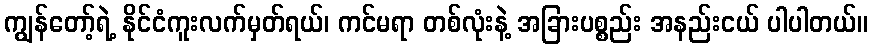
ကျွန်တော့်ရဲ့ နိုင်ငံကူးလက်မှတ်ရယ်၊ ကင်မရာ တစ်လုံးနဲ့ အခြားပစ္စည်း အနည်းငယ် ပါပါတယ်။